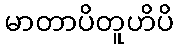
မာတာပိတူဟိပိ